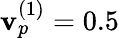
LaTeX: \mathbf{v}_{p}^{(1)}=0.5